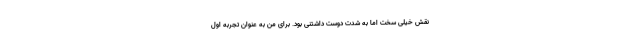
نقش خیلی سخت اما به شدت دوست داشتنی بود. برای من به عنوان تجربه اول